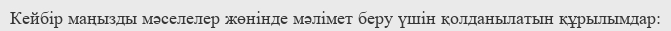
Кейбір маңызды мәселелер жөнінде мәлімет беру үшін қолданылатын құрылымдар: